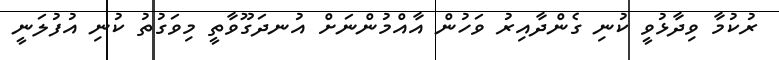
ރުކުމާ ވިދާޅުވީ ކުނި ގެންދާއިރު ވަހުން އާއްމުންނަށް އުނދަގޫވާތީ މިވަގުތު ކުނި އުފުލަނީ